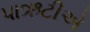
પાઋટીએ